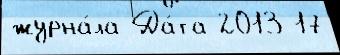
журна́ла Да́та 2013 17